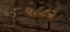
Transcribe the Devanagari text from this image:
५८८२